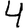
Digit: 4